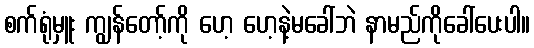
စက်ရုံမှူး ကျွန်တော့်ကို ဟေ့ ဟေ့နဲ့မခေါ်ဘဲ နာမည်ကိုခေါ်ပေးပါ။